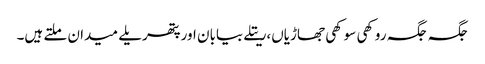
جگہ جگہ روکھی سوکھی جھاڑیاں،ریتلے بیابان اور پتھریلے میدان ملتے ہیں۔